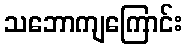
သဘောကျကြောင်း